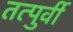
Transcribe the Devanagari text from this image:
तत्पुर्वी